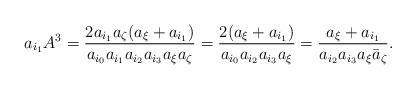
LaTeX: \begin{align*}a_{i_1} A^3 = \frac{2 a_{i_1} a_{\zeta} (a_{\xi} + a_{i_1})}{a_{i_0} a_{i_1} a_{i_2} a_{i_3} a_{\xi} a_{\zeta}} = \frac{2 (a_{\xi} + a_{i_1})}{a_{i_0} a_{i_2} a_{i_3} a_{\xi}}= \frac{a_{\xi} + a_{i_1}}{a_{i_2} a_{i_3} a_{\xi} \bar{a}_{\zeta}}.\end{align*}